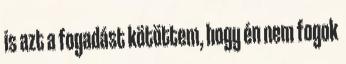
is azt a fogadást kötöttem, hogy én nem fogok